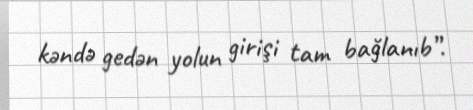
kəndə gedən yolun girişi tam bağlanıb”.